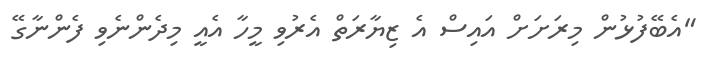
"އެބޭފުޅުން މިރަށަށް އައިސް އެ ޒިޔާރަތް އެރުވި މީހާ އެއީ މިދެންނެވި ފެންނާގޭ